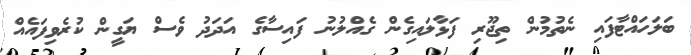
ބަލަހައްޓާފައި ނެތުމުން ތިޖޫރި ފަޅާލައިގެން ގެއްލުނު ފައިސާގެ އަދަދު ވެސް ޔަގީން ކުރެވިފައެއް